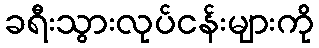
ခရီးသွားလုပ်ငန်းများကို